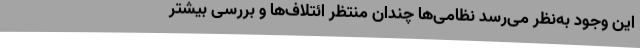
این وجود به‌نظر می‌رسد نظامی‌ها چندان منتظر ائتلاف‌ها و بررسی بیشتر